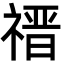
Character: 𬓎